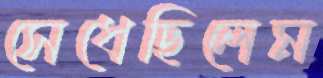
সেধেছিলেম